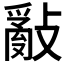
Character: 𢿢